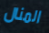
المنال